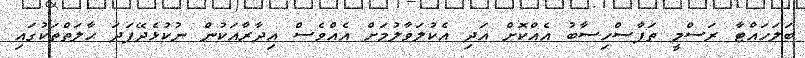
ބަލަހައްޓާ ރަސްމީ ތަފާސްހިސާބު އެއްކޮށް އަދި އެކުލަވާލުމަށް އެއްވެސް އިދާރާއަކުން ނުކުޅެދޭފަދަ ޙާލަތްތަކުގައި